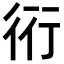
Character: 𧗡